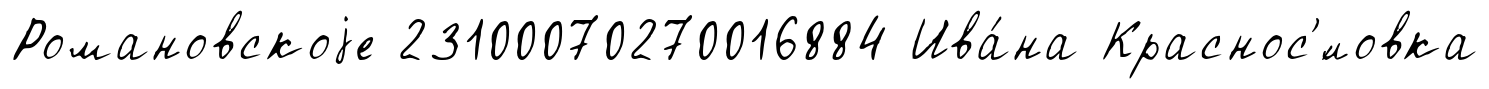
Романовскоjе 23100070270016884 Ива́на Краснос'́ловка